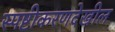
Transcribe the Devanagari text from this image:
स्पष्टीकरणदेखील